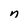
Character: n